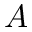
A